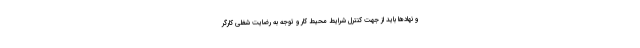
و نهادها باید از جهت کنترل شرایط محیط کار و توجه به رضایت شغلی کارگر